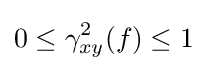
0\leq \gamma _{xy}^{2}(f)\leq 1